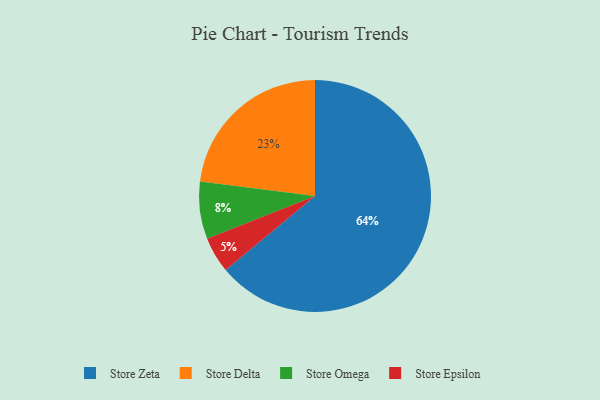
{"axis": {"x": "Category", "y": "Percentage"}, "legend": ["Store Delta", "Store Epsilon", "Store Omega", "Store Zeta"], "data": [{"x": "Store Epsilon", "y": 5, "type": "Store Epsilon"}, {"x": "Store Zeta", "y": 64, "type": "Store Zeta"}, {"x": "Store Delta", "y": 23, "type": "Store Delta"}, {"x": "Store Omega", "y": 8, "type": "Store Omega"}]}